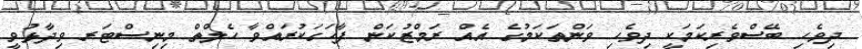
ދިވެހި ބޭސްވެރިކަމަކީ ދިވެހި ވަންތަކަމުގެ އެއް ރަމްޒުކަން ފާހަގަކުރައްވާ ހެލްތް މިނިސްޓަރ ވިދާޅުވީ